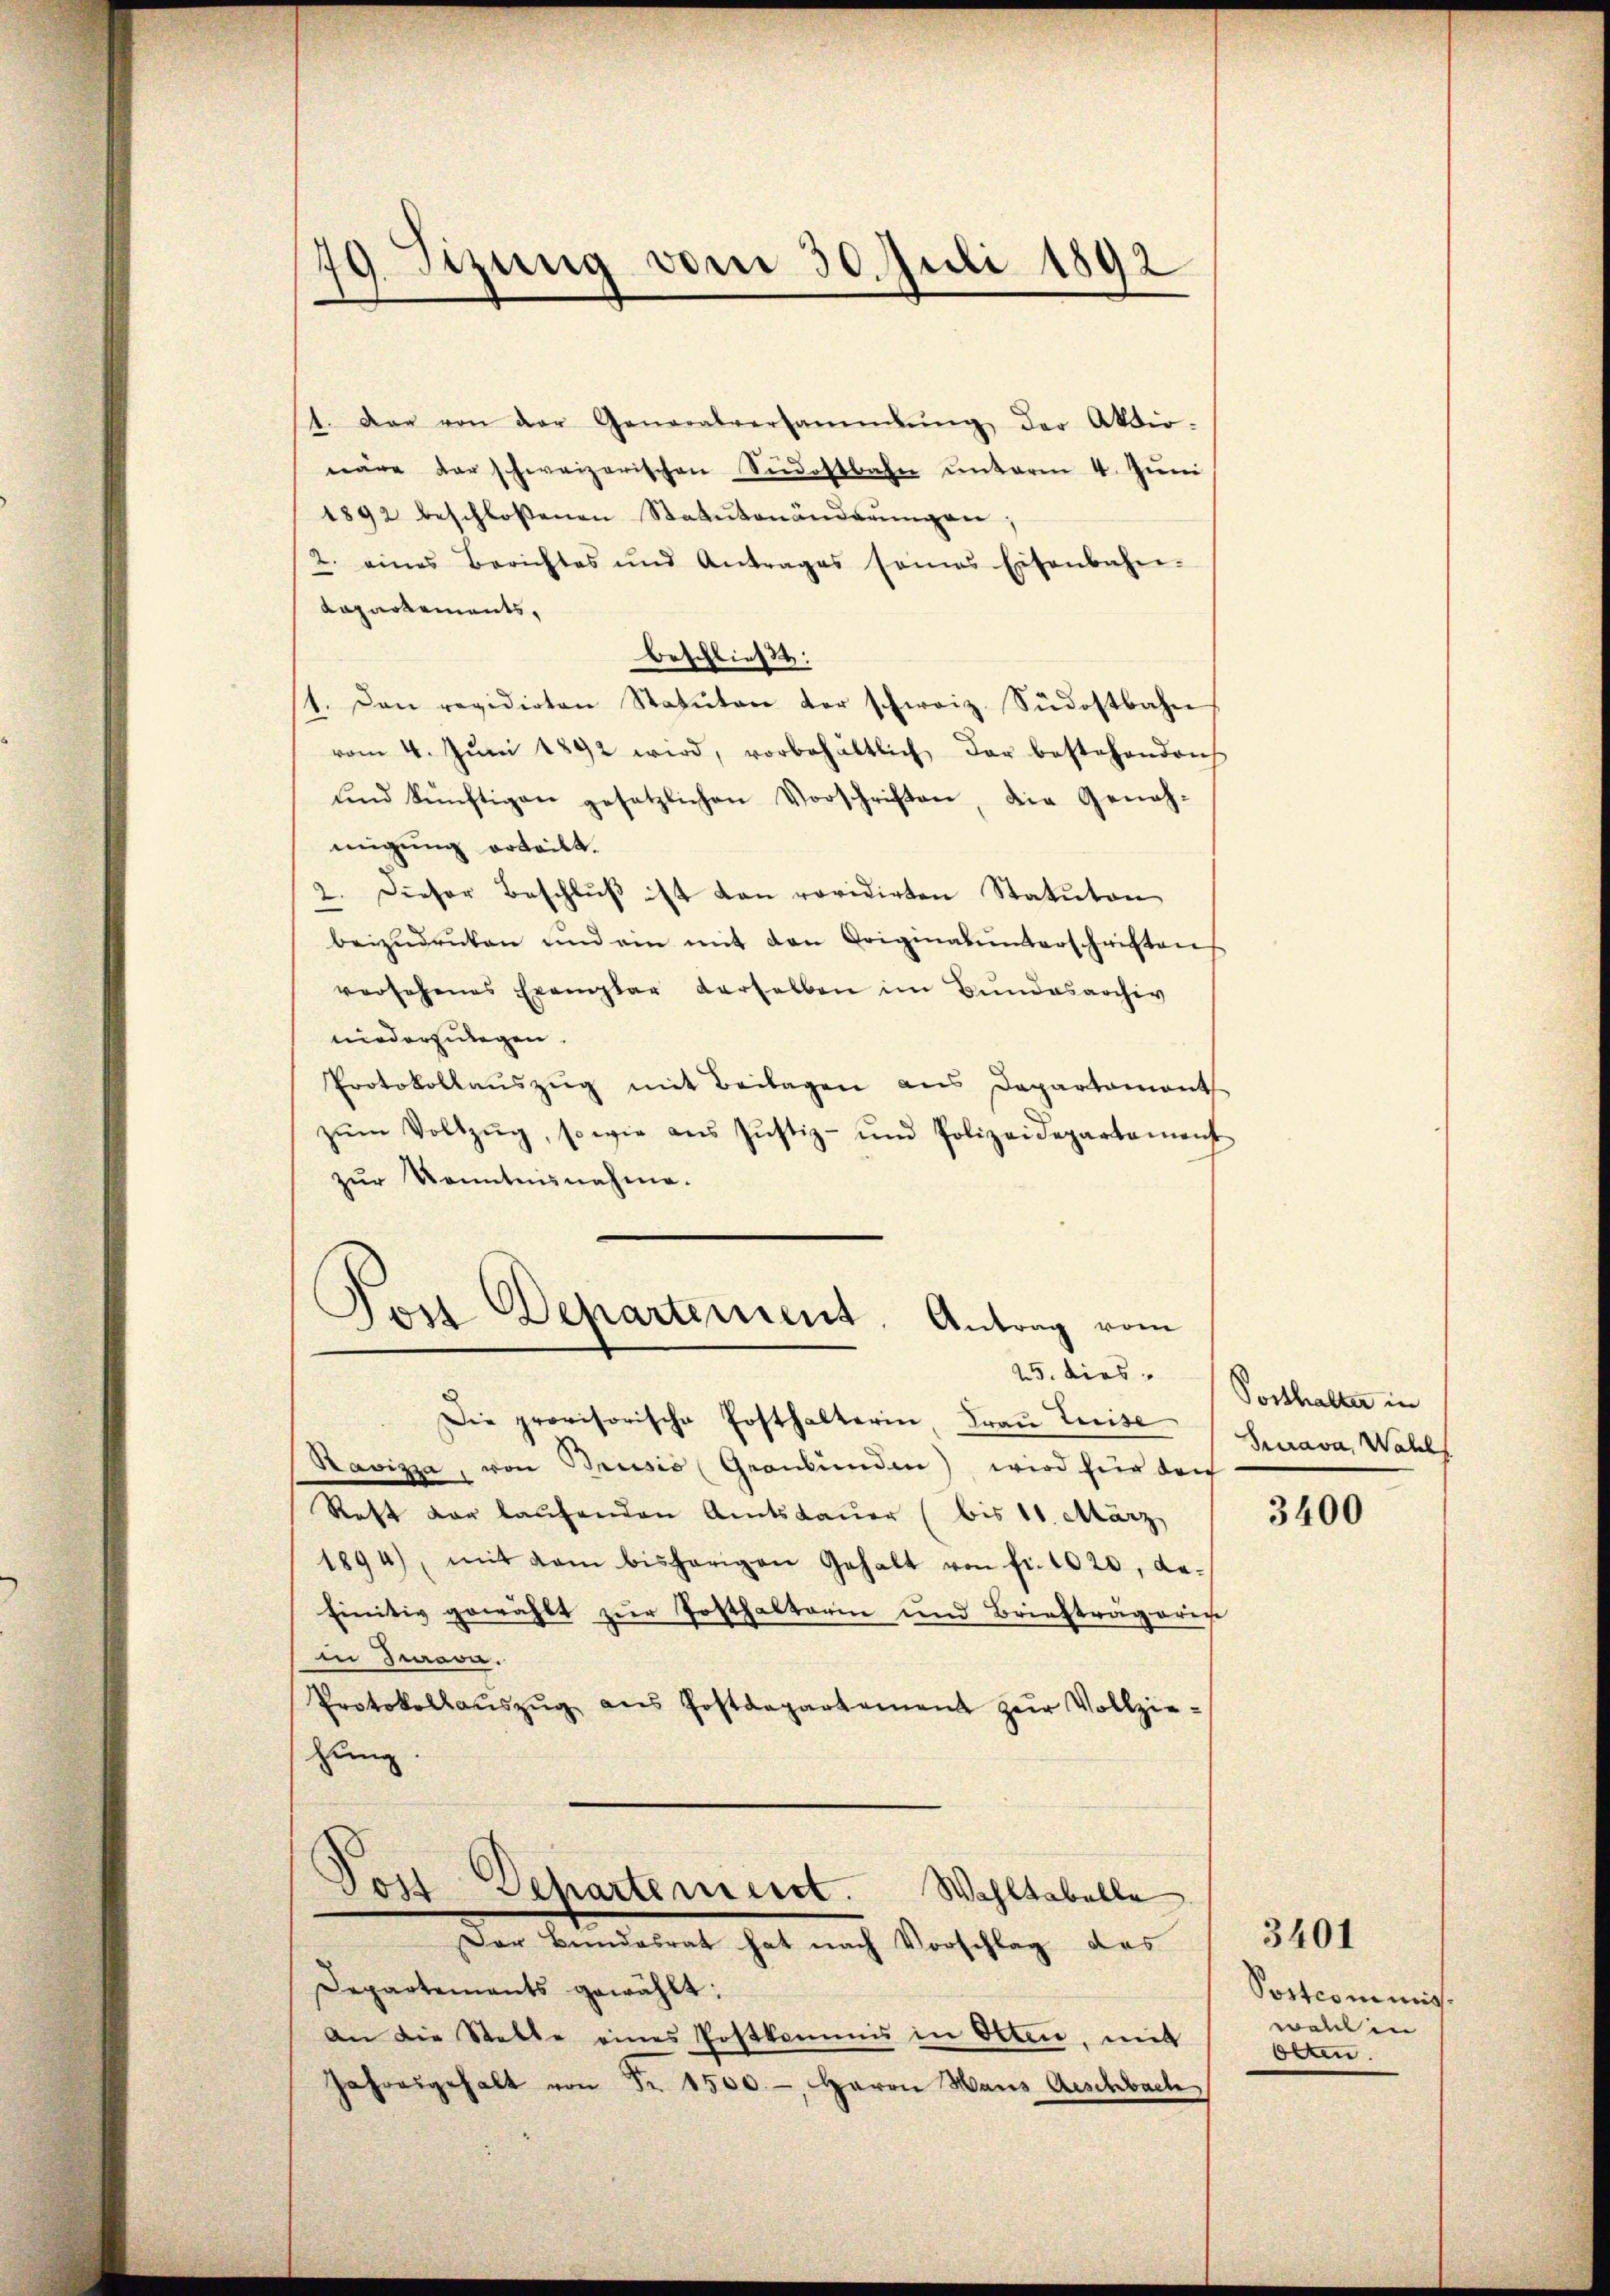
79. Sitzung vom 30. Juli 1892

1. Der von der Generalversammlung der Aktio-
wäre der schweizerischen Südostbahn ŭnterm 4. Jŭni
1892 beschlossenen Statutenänderŭngen:
2. eines Berichtes und Antrages seines Eisenbahn-
Lapartements,
beschließt:
1. Den revidirten Statuten der schweiz. Südostbahn
vom 4. Jŭni 1892 wird, vorbehältlich dar bestehenden
ŭnd künftigen gesetzlichen Vorschriften, die Geneh-
migung erteilt.
2. Dieser Beschlŭβ ist dan revidirten Statuton
beizŭdrücken und ein mit den Originalunterschriften
versehenes Exemplar verselben im Bŭndesarchiv
niederzulegen.
Protokollaŭszŭg mit Beilagen ans Departament
zŭm Vollzŭg, so wie aus Jŭstiz- und Polizeidepartament
zur Kenntnisnahme.
Von Departement. Antrag vom
25. dies
Die provisorische Fosthalterin, Frau Luise
Ravizza, von Brusis (Graubünden) wird für der
Rest der laufenden Amtsdauer (bis 11. März
1894), mit dem bisherigen Gehalt von fr. 1020, de-
finitiv gewählt zŭr Posthalterin und Briefträgeric
in Jeava.
Protokollaŭszŭg ans Postdepartement zŭr Vollzie-
zung
Post Departemeist. Wahltabelle
Der Bundesrat hat nach Vorschlag des
Departements gewählt:
an die Stelle eines Postkommis in Olten, mit
Jahresgehalt von Fr. 1500.-, Herrn Haus Aeschbach

Posthalter in
Surava, Wahl

3400

Postcommis.
walch in
Olten.

3401